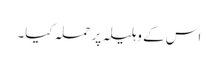
اس کے وہلیلہ پر حملہ کیا۔